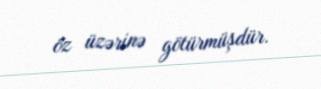
öz üzərinə götürmüşdür.